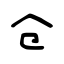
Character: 仓